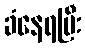
ခံနေရပြီး